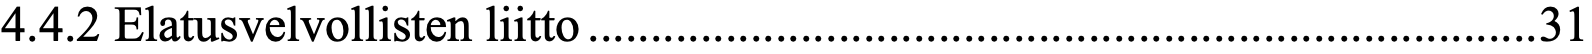
4.4.2 Elatusvelvollisten liitto ............................................................................ 31